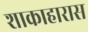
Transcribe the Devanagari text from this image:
शाकाहारास